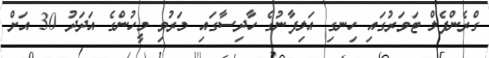
ގްރެންފެލް ޓަވަރުގައި ހިނގި އަލިފާނުގެ ހާދިސާގައި މަރުވި މީހުންގެ އަދަދު 30 އަށް